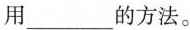
用___的方法。